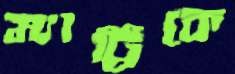
ম্যাট্রিকে